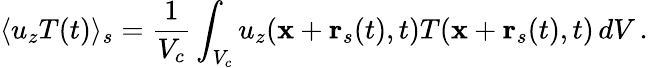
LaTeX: \langle u_{z}T(t)\rangle_{s}=\frac{1}{V_{c}}\int_{V_{c}}u_{z}({\mathbf x}+{\mathbf r}_{s}(t),t)T({\mathbf x}+{\mathbf r}_{s}(t),t)\, dV\, .